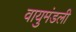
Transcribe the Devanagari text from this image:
वायुमंडली